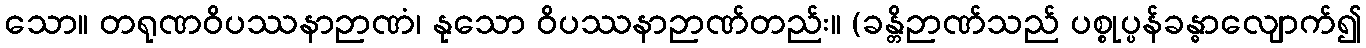
သော။ တရုဏဝိပဿနာဉာဏံ၊ နုသော ဝိပဿနာဉာဏ်တည်း။ (ခန္တိဉာဏ်သည် ပစ္စုပ္ပန်ခန္ဓာလျောက်၍